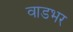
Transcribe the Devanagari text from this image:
वाडभर